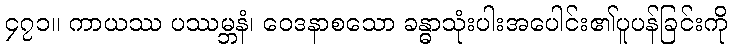
၄၇၁။ ကာယဿ ပဿမ္ဘနံ၊ ဝေဒနာစသော ခန္ဓာသုံးပါးအပေါင်း၏ပူပန်ခြင်းကို